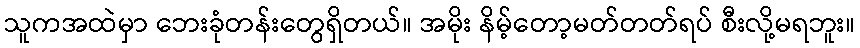
သူကအထဲမှာ ဘေးခုံတန်းတွေရှိတယ်။ အမိုး နိမ့်တော့မတ်တတ်ရပ် စီးလို့မရဘူး။